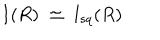
I ( R ) \; \simeq \; l _ { s q } ( R )